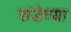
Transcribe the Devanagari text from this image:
संडेच्या